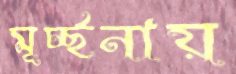
মূর্চ্ছনায়